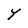
Character: Y